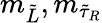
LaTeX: m_{\tilde{L}},m_{{\tilde{\tau}}_{R}}